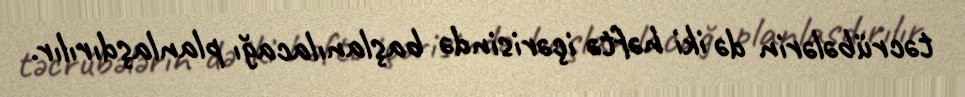
təcrübələrin də iki həftə içərisində başlanılacağı planlaşdırılır.